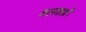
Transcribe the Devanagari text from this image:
कलकाशी